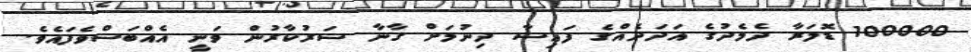
100000 ޑޮލަރާ ދެމެދުގެ އަދަދެއްގެ ފައިސާ ދިނުމަށް ގާނާ ސަރުކާރުން ވަނީ އެއްބަސްވެފައެވެ.